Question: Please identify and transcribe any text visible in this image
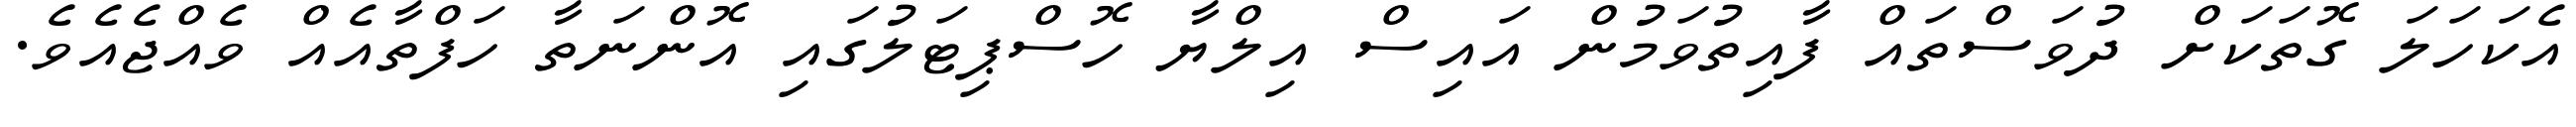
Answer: އެކަހަލަ ގޮތަކަށް ދުވަސްތައް ފާއިތުވަމުން އައިސް އިލްޔާ ހޮސްޕިޓަލުގައި އޮންނަތާ ހަފްތާއެއް ވެއްޖެއެވެ.